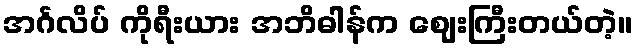
အင်္ဂလိပ် ကိုရီးယား အဘိဓါန်က ဈေးကြီးတယ်တဲ့။